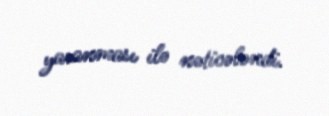
yaranması ilə nəticələndi.